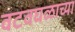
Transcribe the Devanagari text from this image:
वटवघळाच्या